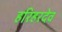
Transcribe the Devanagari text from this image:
हरिहरदेव